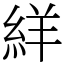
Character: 絴